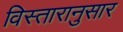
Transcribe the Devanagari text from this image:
विस्तारानुसार